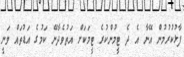
ފާޅުކުރުމުން އޭނާ އެ ދެ ޓީމުންކުރެ ޓީމަކަށް އަތުވެދާނޭ ކަމުގެ އަޑުތައް ވަނީ